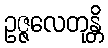
ဥဇ္ဇလေတုန္တိ